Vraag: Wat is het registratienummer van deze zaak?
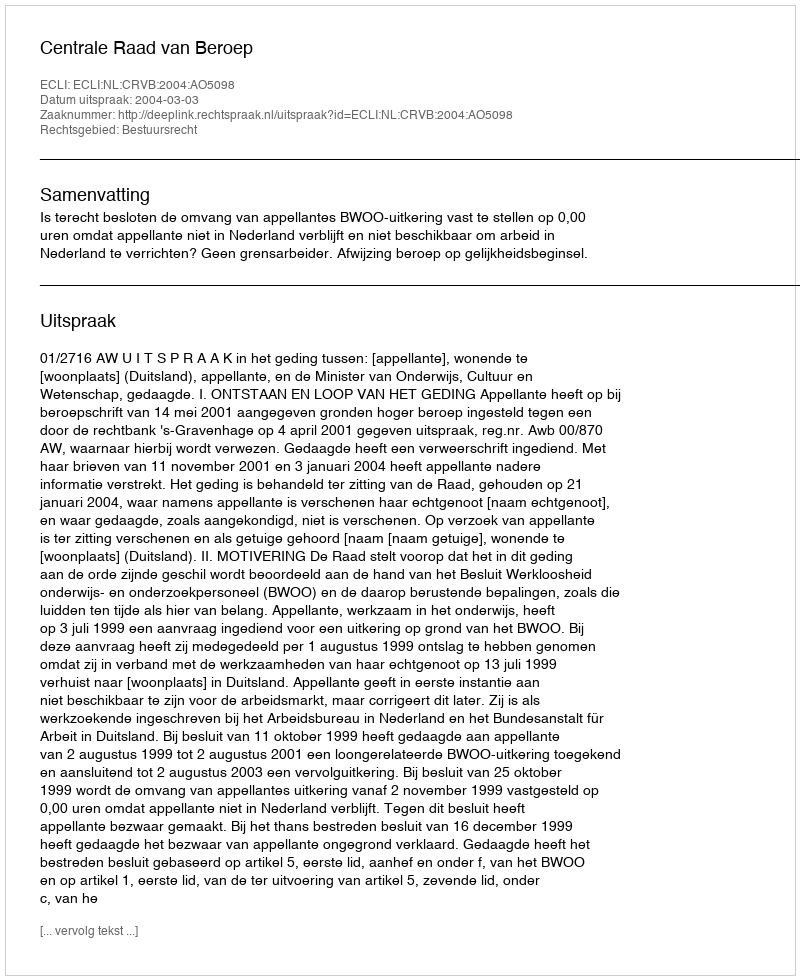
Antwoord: http://deeplink.rechtspraak.nl/uitspraak?id=ECLI:NL:CRVB:2004:AO5098